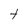
Character: t